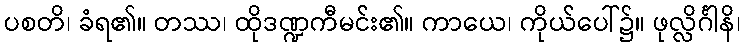
ပစတိ၊ ခံရ၏။ တဿ၊ ထိုဒဏ္ဍကီမင်း၏။ ကာယေ၊ ကိုယ်ပေါ်၌။ ဖုလ္လိင်္ဂါနိ၊